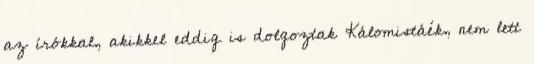
az írókkal, akikkel eddig is dolgoztak Kálomistáék, nem lett